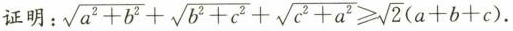
证明：$$\sqrt{a^{2}+b^{2}}+\sqrt{b^{2}+c^{2}}+\sqrt{c^{2}+a^{2}}\geqslant \sqrt{2}(a+b+c)$$.